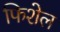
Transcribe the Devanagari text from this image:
फिशेल